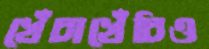
খেঁচাখেঁচিও